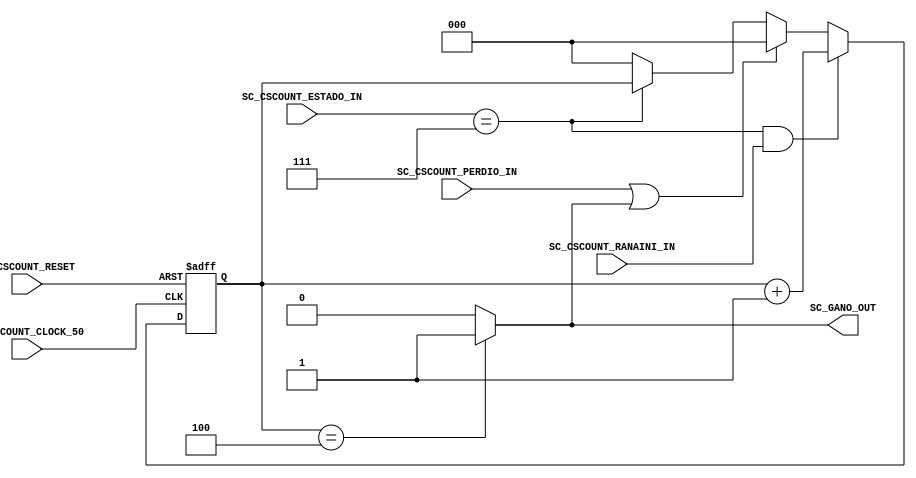
//=======================================================
//  MODULE Definition
//=======================================================
module SC_CSCOUNT(
//////////// OUTPUTS //////////
	SC_GANO_OUT,
//////////// INPUTS //////////
	SC_CSCOUNT_ESTADO_IN,
	SC_CSCOUNT_RANAINI_IN,
	SC_CSCOUNT_PERDIO_IN,
	SC_CSCOUNT_CLOCK_50,
	SC_CSCOUNT_RESET
);
//=======================================================
//  PARAMETER declarations
//=======================================================
	parameter DATAWIDTH_ESTADO=3;
//=======================================================
//  PORT declarations
//=======================================================
	output	reg SC_GANO_OUT;
	input [DATAWIDTH_ESTADO-1:0] SC_CSCOUNT_ESTADO_IN;
	input SC_CSCOUNT_RANAINI_IN;
	input SC_CSCOUNT_PERDIO_IN;
	input	SC_CSCOUNT_CLOCK_50;
	input	SC_CSCOUNT_RESET;	
//=======================================================
//  REG/WIRE declarations
//=======================================================
	reg [2:0] COUNTER_Register;
	reg [2:0] COUNTER_Signal;
//=======================================================
//  Structural coding
//=======================================================
//INPUT LOGIC: COMBINATIONAL
	always @ (*)	
	if ( SC_CSCOUNT_ESTADO_IN == 3'b111 & SC_CSCOUNT_RANAINI_IN == 1'b1)	
		COUNTER_Signal= COUNTER_Register + 1'b1;	
	else if(SC_CSCOUNT_PERDIO_IN == 1'b1 | SC_GANO_OUT == 1'b1)
		COUNTER_Signal = 3'b000;
	else if(SC_CSCOUNT_ESTADO_IN == 3'b111)
		COUNTER_Signal= COUNTER_Register;	
	else COUNTER_Signal = 3'b000;	
		// REGISTER : SEQUENTIAL
	always @ ( posedge SC_CSCOUNT_CLOCK_50 , posedge SC_CSCOUNT_RESET)
	if (SC_CSCOUNT_RESET==1'b1)
		COUNTER_Register <= 3'b000;
	else
		COUNTER_Register <= COUNTER_Signal;
//=======================================================
//  Outputs
//=======================================================
// OUTPUT LOGIC : COMBINATIONAL
	always @ (*)
		if (COUNTER_Register==3'b100)
			SC_GANO_OUT = 1'b1;
		else
			SC_GANO_OUT = 1'b0;
endmodule